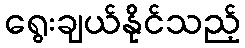
ရွေးချယ်နိုင်သည့်